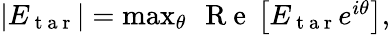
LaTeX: \begin{array}{r}{|E_{\mathrm{~t~a~r~}}|=\operatorname*{max}_{\theta}\ \mathrm{~R~e~}\left[E_{\mathrm{~t~a~r~}}e^{i\theta}\right],}\end{array}